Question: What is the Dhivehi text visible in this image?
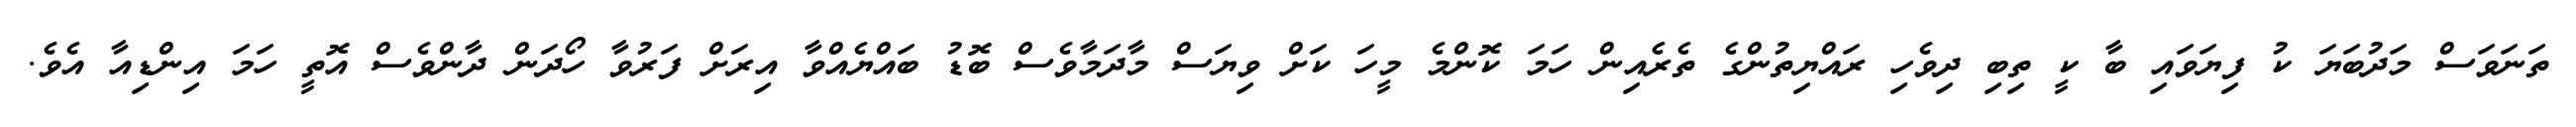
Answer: ތަނަވަސް މަދުބަޔަ ކު ފިޔަވައި ބާ ކީ ތިބި ދިވެހި ރައްޔިތުންގެ ތެރެއިން ހަމަ ކޮންމެ މީހަ ކަށް ވިޔަސް މާދަމާވެސް ބޮޑު ބައްޔެއްވާ އިރަށް ފަރުވާ ހޯދަން ދާންވެސް އޮތީ ހަމަ އިންޑިއާ އެވެ.